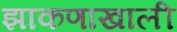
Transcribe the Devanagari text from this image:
झाकणाखाली